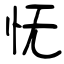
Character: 怃